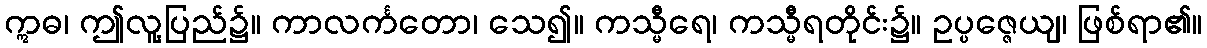
ဣဓ၊ ဤလူ့ပြည်၌။ ကာလင်္ကတော၊ သေ၍။ ကသ္မီရေ၊ ကသ္မီရတိုင်း၌။ ဥပ္ပဇ္ဇေယျ၊ ဖြစ်ရာ၏။